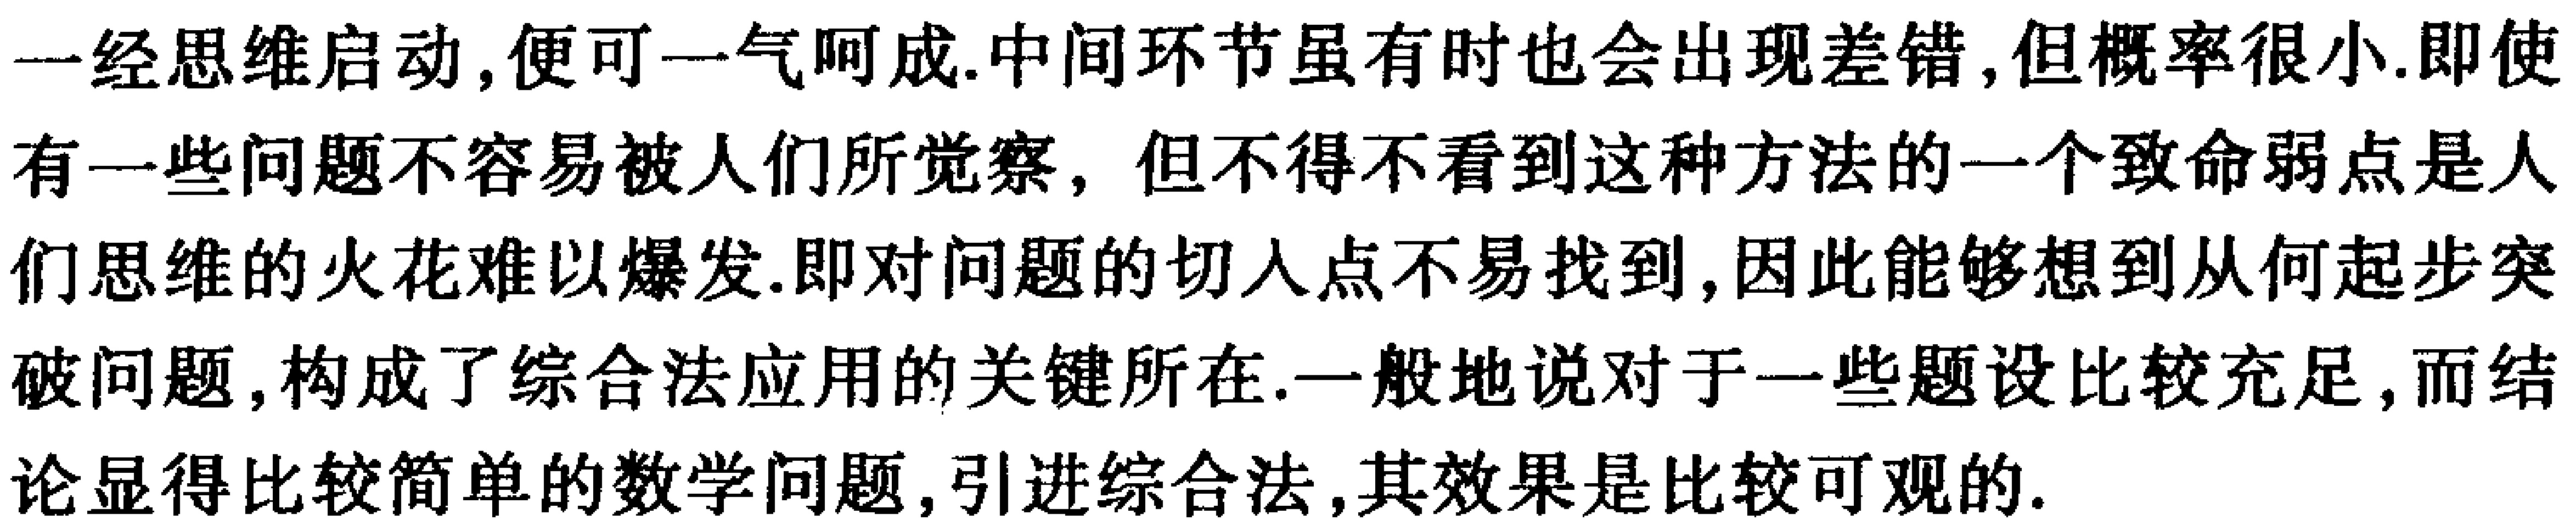
一经思维启动,便可一气呵成.中间环节虽有时也会出现差错,但概率很小.即使有一些问题不容易被人们所觉察, 但不得不看到这种方法的一个致命弱点是人们思维的火花难以爆发.即对问题的切入点不易找到,因此能够想到从何起步突破问题,构成了综合法应用的关键所在.一般地说对于一些题设比较充足,而结论显得比较简单的数学问题,引进综合法,其效果是比较可观的.